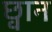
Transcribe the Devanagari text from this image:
छ्वान